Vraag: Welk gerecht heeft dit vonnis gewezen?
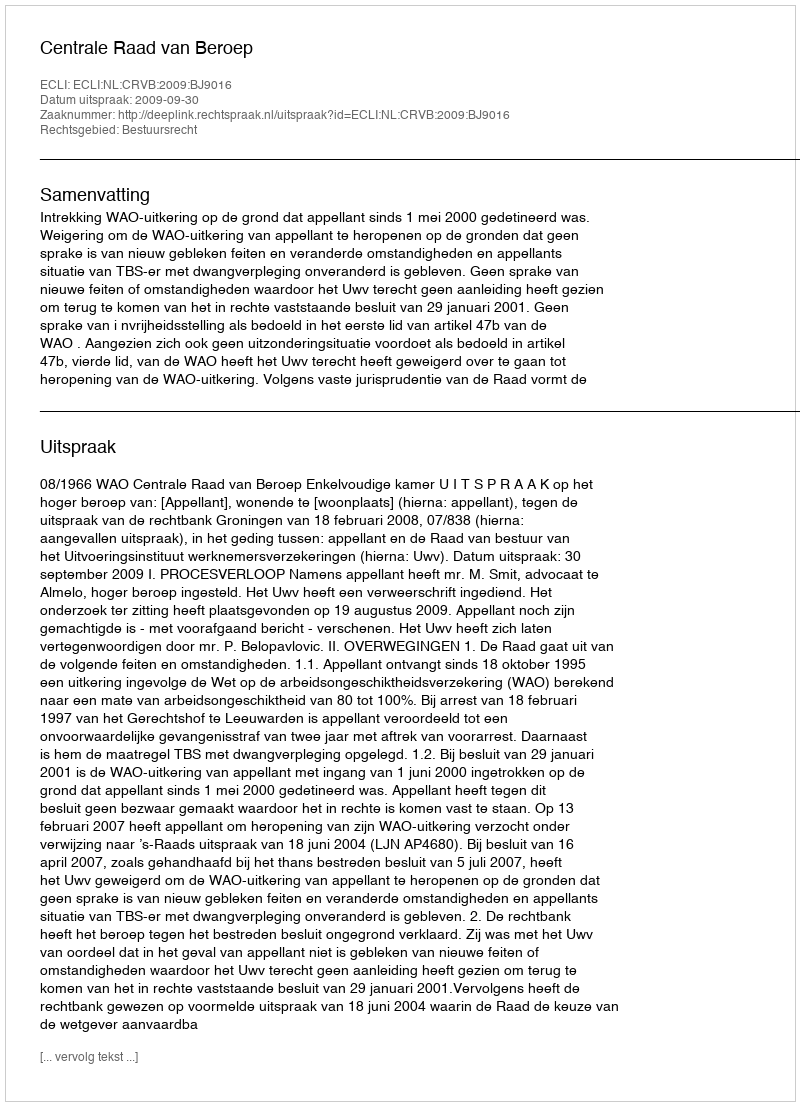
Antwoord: Centrale Raad van Beroep